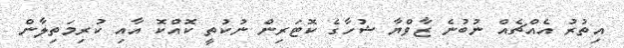
އިތުރު އެއްޗެއް ނުބުނެ ޒާވްޔާ ޝުހާގެ ކޮޓަރިން ނުކުތީ ކޮއްކޮ އާއި ކުރިމަތިލާން